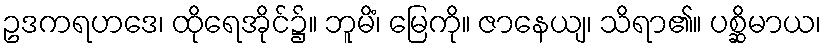
ဥဒကရဟဒေ၊ ထိုရေအိုင်၌။ ဘူမိံ၊ မြေကို။ ဇာနေယျ၊ သိရာ၏။ ပစ္ဆိမာယ၊